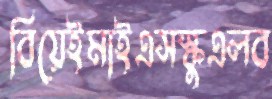
বিয়েইমাইএসস্কুএলব